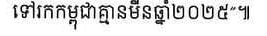
ទៅរកកម្ពុជាគ្មានមីនឆ្នាំ២០២៥៕